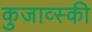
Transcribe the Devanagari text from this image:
कुजाव्स्की